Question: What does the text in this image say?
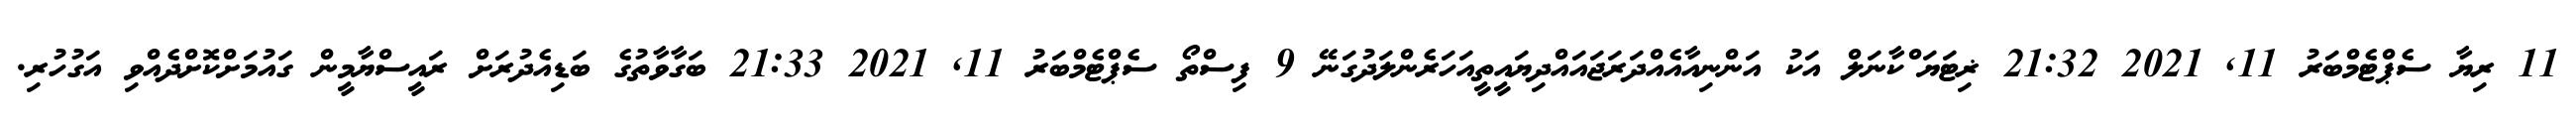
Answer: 11 ރިޔާ ސެޕްޓެމްބަރު 11, 2021 21:32 ޜިޓަޔަޱްކާނަލް އަކު އަންނިއާއެއްދަރަޖައައްދިޔައީތީއަހަރެންލަދުގަނޭ 9 ފިސްތޯ ސެޕްޓެމްބަރު 11, 2021 21:33 ބަގާވާތުގެ ބަޑިއެދުރަށް ރައީސްޔާމީން ގައުމަށްކޮށްދެއްވި އަގުހުރި.